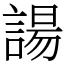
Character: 諹